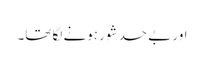
اور بے حد شور ہونے لگا تھا۔